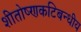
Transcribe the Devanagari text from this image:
शीतोष्णकटिबन्धीय